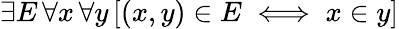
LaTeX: \exists E\, \forall x\, \forall y\, [(x,y)\in E\iff x\in y]